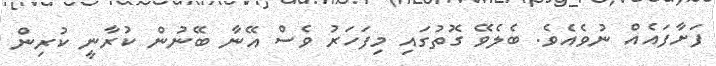
ފަށާފައެއް ނުވެއެވެ. ބެލެވޭ ގޮތުގައި މިފަހަރު ވެސް އޭނާ ބޭނުން ކުރާނީ ކުރިން